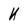
Character: K